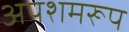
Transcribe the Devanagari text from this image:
अपशमरूप